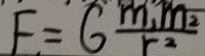
E = G \frac { m _ { 1 } m _ { 2 } } { r ^ { 2 } }